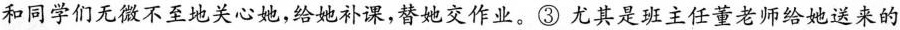
和同学们无微不至地关心她，给她补课，替她交作业。③尤其是班主任董老师给她送来的